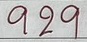
929